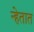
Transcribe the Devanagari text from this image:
न्हेतात